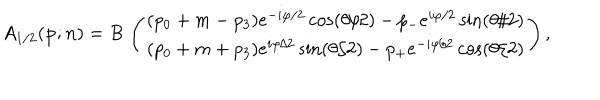
LaTeX: A _ { 1 / 2 } ( { \bf p } ; { \bf n } ) = B \, \left( \begin{array} { c c c } { { ( p _ { 0 } + m - p _ { 3 } ) e ^ { - i \varphi / 2 } \cos ( { \theta } / 2 ) - p _ { - } e ^ { i \varphi / 2 } \sin ( { \theta } / 2 ) } } \\ { { ( p _ { 0 } + m + p _ { 3 } ) e ^ { i \varphi / 2 } \sin ( { \theta } / 2 ) - p _ { + } e ^ { - i \varphi / 2 } \cos ( { \theta } / 2 ) } } \\ \end{array} \right) ,